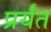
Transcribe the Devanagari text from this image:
प्रर्यंत